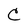
Character: C